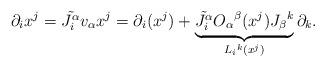
LaTeX: \begin{align*}\partial _{i} x^{j} =\tilde{J_{i}^{\alpha }} v_{\alpha } x^{j} = \partial _{i}(x^{j}) +\underbrace{\tilde{J_{i}^{\alpha }} O_{\alpha }{}^{\beta }(x^{j})J_{\beta }{}^{k}}_{L_{i}{}^{k}(x^{j})} \partial _{k}. \end{align*}